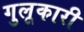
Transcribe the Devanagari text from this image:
गुलूकारी